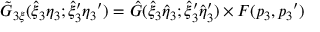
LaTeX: { \tilde { G } } _ { 3 \xi } ( { \hat { \xi } } _ { 3 } { \eta } _ { 3 } ; { { \hat { \xi } } _ { 3 } } ^ { \prime } { { \eta } _ { 3 } } ^ { \prime } ) = { \hat { G } } ( { { \hat { \xi } } _ { 3 } } { \hat { \eta } } _ { 3 } ; { { \hat { \xi } } _ { 3 } } ^ { \prime } { { \hat { \eta } } _ { 3 } } ^ { \prime } ) \times F ( p _ { 3 } , { p _ { 3 } } ^ { \prime } )